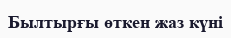
Былтырғы өткен жаз күні